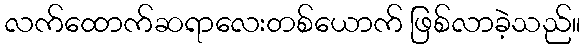
လက်ထောက်ဆရာလေးတစ်ယောက် ဖြစ်လာခဲ့သည်။